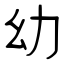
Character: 幼